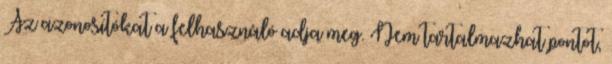
Az azonosítókat a felhasználó adja meg. Nem tartalmazhat pontot,